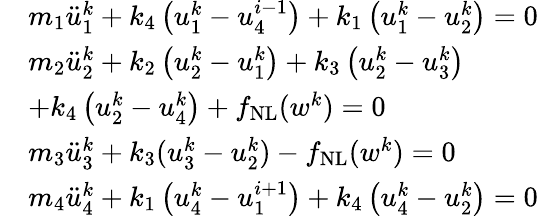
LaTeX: \begin{array}{rl}&{m_{1}\ddot{u}_{1}^{k}+k_{4}\left(u_{1}^{k}-u_{4}^{i-1}\right)+k_{1}\left(u_{1}^{k}-u_{2}^{k}\right)=0}\\ &{m_{2}\ddot{u}_{2}^{k}+k_{2}\left(u_{2}^{k}-u_{1}^{k}\right)+k_{3}\left(u_{2}^{k}-u_{3}^{k}\right)}\\ &{+k_{4}\left(u_{2}^{k}-u_{4}^{k}\right)+f_{\mathrm{NL}}(w^{k})=0}\\ &{m_{3}\ddot{u}_{3}^{k}+k_{3}(u_{3}^{k}-u_{2}^{k})-f_{\mathrm{NL}}(w^{k})=0}\\ &{m_{4}\ddot{u}_{4}^{k}+k_{1}\left(u_{4}^{k}-u_{1}^{i+1}\right)+k_{4}\left(u_{4}^{k}-u_{2}^{k}\right)=0}\end{array}